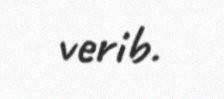
verib.